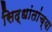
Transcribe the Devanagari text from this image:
सिद्धांतांच्या